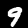
Label: 9